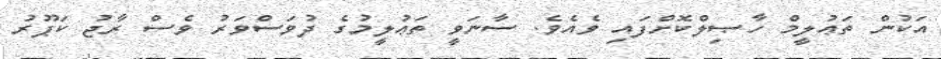
އަކުން ތަޢުލީމް ހާޞިލްކޮށްފައި ވެއެވެ. ސާނަވީ ތަޢުލީމުގެ ދުވަސްވަރު ވެސް ރާޖު ކަޕޫރު